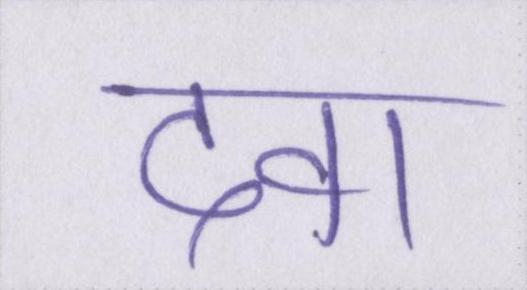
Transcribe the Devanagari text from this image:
दवा